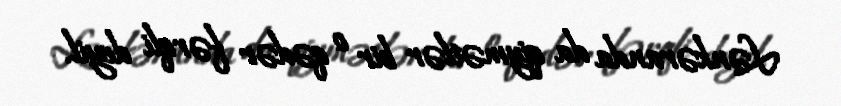
Lənkəranda da qiymətlər bir o qədər fərqli deyil.